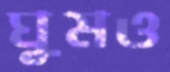
ঘুমও